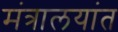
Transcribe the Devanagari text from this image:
मंत्रालयांत